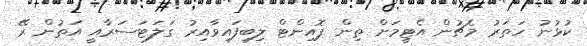
ކުޅުނު ހަތަރު މެޗުން އެޓީމަށް ތިން ޕޮއިންޓް ލިބިފައިވާއިރު ގަލަޓަސަރާއީ އަތުން ރޭ